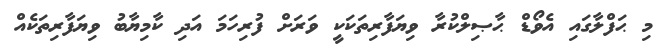
މި ޙަފްލާގައި އެވޯޑް ޙާޞިލްކުރާ ވިޔަފާރިތަކަކީ ވަރަށް ފުރިހަމަ އަދި ކާމިޔާބު ވިޔަފާރިތަކެއް